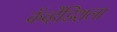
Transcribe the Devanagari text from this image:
कॅव्हेंडिशला